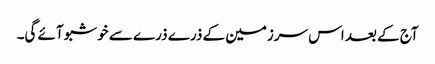
آج کے بعد اس سرزمین کے ذرے ذرے سے خوشبو آئے گی۔